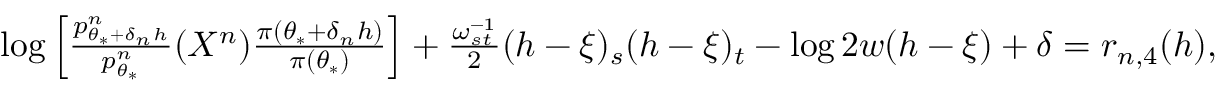
\begin{array} { r l } & { \log \Big [ \frac { p _ { \theta _ { * } + \delta _ { n } h } ^ { n } } { p _ { \theta _ { * } } ^ { n } } ( X ^ { n } ) \frac { \pi ( \theta _ { * } + \delta _ { n } h ) } { \pi ( \theta _ { * } ) } \Big ] + \frac { \omega _ { s t } ^ { - 1 } } { 2 } ( h - \xi ) _ { s } ( h - \xi ) _ { t } - \log 2 w ( h - \xi ) + \delta = r _ { n , 4 } ( h ) , } \end{array}